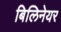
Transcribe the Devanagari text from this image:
बिलिनेयर